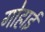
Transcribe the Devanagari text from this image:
गोहार्इं